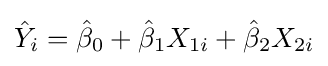
{\hat {Y}}_{i}={\hat {\beta }}_{0}+{\hat {\beta }}_{1}X_{1i}+{\hat {\beta }}_{2}X_{2i}